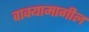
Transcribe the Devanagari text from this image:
वाक्यामागील